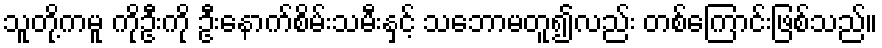
သူတို့ကမူ ကိုဦးကို ဦးနောက်စိမ်းသမီးနှင့် သဘောမတူ၍လည်း တစ်ကြောင်းဖြစ်သည်။